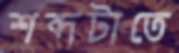
শব্দটাতে